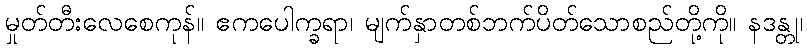
မှုတ်တီးလေစေကုန်။ ဧကပေါက္ခရာ၊ မျက်နှာတစ်ဘက်ပိတ်သောစည်တို့ကို။ နဒန္တု၊